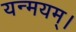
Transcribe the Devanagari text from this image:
यन्मयम्।